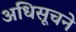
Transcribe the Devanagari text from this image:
अधिसूचने